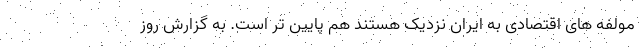
مولفه های اقتصادی به ایران نزدیک هستند هم پایین تر است. به گزارش روز